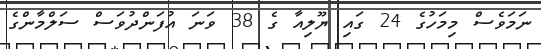
ނަމަވެސް މިމަހުގެ 24 ގައި ޔޫލިއާ ގެ 38 ވަނަ އުފަންދުވަސް ސަލްމާންގެ